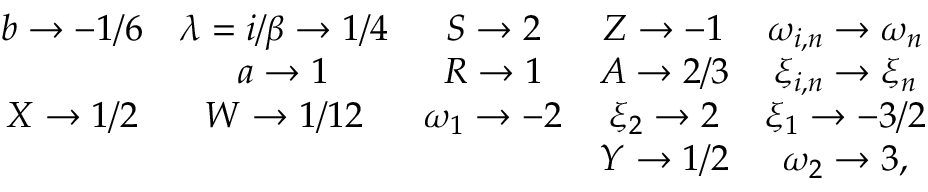
\begin{array} { c c c c c } { { b \rightarrow - 1 / 6 } } & { { \lambda = i / \beta \rightarrow 1 / 4 } } & { { S \rightarrow 2 } } & { { Z \rightarrow - 1 } } & { { \omega _ { i , n } \rightarrow \omega _ { n } } } \\ { { } } & { { a \rightarrow 1 } } & { { R \rightarrow 1 } } & { { A \rightarrow 2 / 3 } } & { { \xi _ { i , n } \rightarrow \xi _ { n } } } \\ { { X \rightarrow 1 / 2 } } & { { W \rightarrow 1 / 1 2 } } & { { \omega _ { 1 } \rightarrow - 2 } } & { { \xi _ { 2 } \rightarrow 2 } } & { { \xi _ { 1 } \rightarrow - 3 / 2 } } \\ { { } } & { { } } & { { } } & { { Y \rightarrow 1 / 2 } } & { { \omega _ { 2 } \rightarrow 3 , } } \end{array}